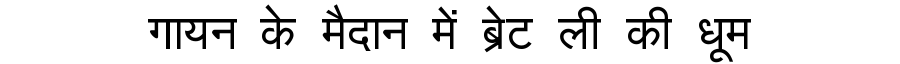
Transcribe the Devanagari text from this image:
गायन के मैदान में ब्रेट ली की धूम